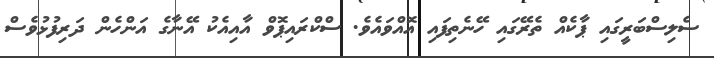
ސެލިސްބަރީގައި ޕާކެއް ތެރޭގައި ހޭނެތިފައި އޮއްވައެވެ. ސްކްރައިޕޮވް އާއިއެކު އޭނާގެ އަންހެން ދަރިފުޅުވެސް